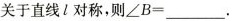
关于直线l对称，则∠B=___。